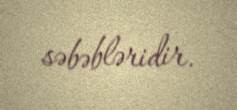
səbəbləridir.